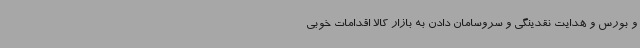
و بورس و هدایت نقدینگی و سروسامان دادن به بازار کالا اقدامات خوبی